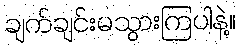
ချက်ချင်းမသွားကြပါနဲ့။